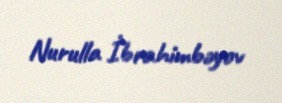
Nurulla İbrahimbəyov